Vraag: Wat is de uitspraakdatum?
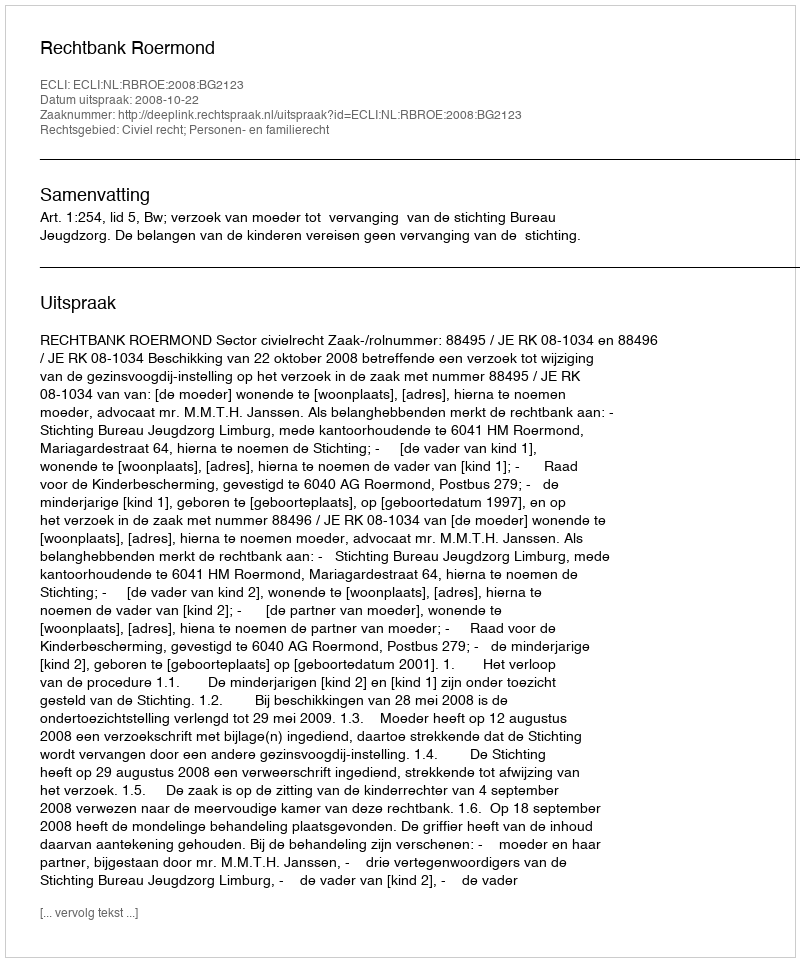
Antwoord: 2008-10-22